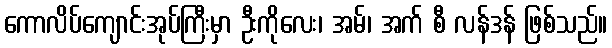
ကောလိပ်ကျောင်းအုပ်ကြီးမှာ ဦးကိုလေး၊ အမ်၊ အက် စီ လန်ဒန် ဖြစ်သည်။